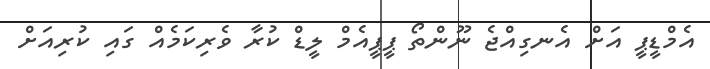
އެމްޑީޕީ އަށް އެނގިއްޖެ ނޫންތޯ ޕީޕީއެމް ލީޑް ކުރާ ވެރިކަމެއް ގައި ކުރިއަށް